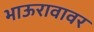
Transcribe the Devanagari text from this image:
भाऊरावावर